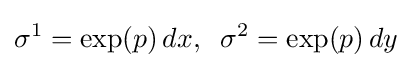
\sigma ^{1}=\exp(p)\,dx,\;\;\sigma ^{2}=\exp(p)\,dy